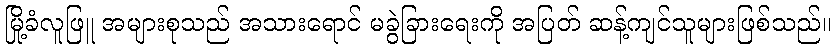
မြို့ခံလူဖြူ အများစုသည် အသားရောင် မခွဲခြားရေးကို အပြတ် ဆန့်ကျင်သူများဖြစ်သည်။